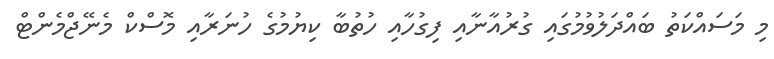
މި މަސައްކަތު ބައްދަލުވުމުގައި ގުރުއާނާއި ފިގުހާއި ހުތުބާ ކިޔުމުގެ ހުނަރާއި މޮސްކް މެނޭޖްމެންޓް